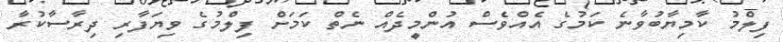
ފިލްމު ކާމިޔާބުވާނެ ކަމުގެ އެއްވެސް އުންމީދެއް ނެތް ކަމަށް ފިލްމުގެ ވިޔަފާރި ދިރާސާކުރާ